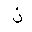
Letter: _thal